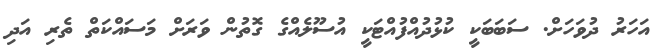
އަހަރު ދުވަހަށް. ސަބަބަކީ ކުޅުދުއްފުއްޓަކީ އުސޫލެއްގެ ގޮތުން ވަރަށް މަސައްކަތް ތެރި އަދި